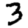
Digit: 3